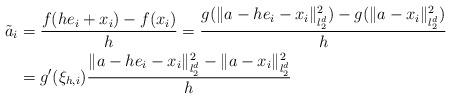
LaTeX: \begin{align*}\tilde a_i&=\frac{f(he_i+x_i)-f(x_i)}{h}=\frac{g(\|a-he_i-x_i\|_{l_2^d}^2)-g(\|a-x_i\|_{l_2^d}^2)}{h}\\&=g'(\xi_{h,i})\frac{\|a-he_i-x_i\|_{l_2^d}^2-\|a-x_i\|_{l_2^d}^2}{h}\end{align*}